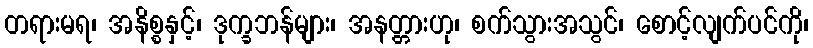
တရားမရ၊ အနိစ္စနှင့်၊ ဒုက္ခဘန်များ၊ အနတ္တားဟု၊ စက်သွားအသွင်၊ စောင့်လျက်ပင်ကို၊